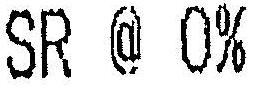
SR @ 0%